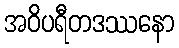
အဝိပရီတဒဿနော